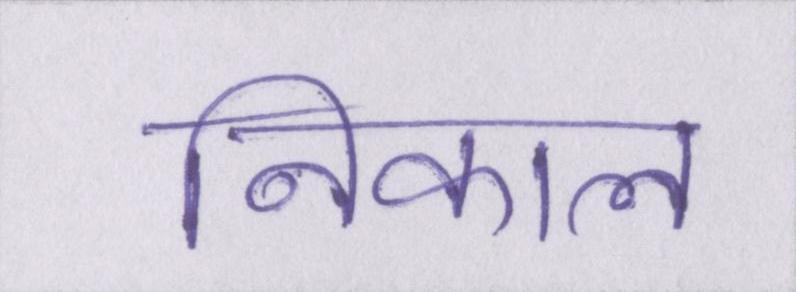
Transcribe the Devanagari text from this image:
निकाल